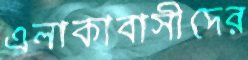
এলাকাবাসীদের